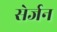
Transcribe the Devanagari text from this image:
सेर्जन